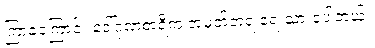
ကြာခဲ့ကြောင်း ဒေါ်ဂုဏစာရီက အမှတ်တရ ရေးသားခဲ့ပါတယ်။